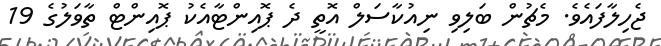
ޖެހިލާފައެވެ. މެޗުން ބަލިވި ނިއުކާސަލް އޮތީ ދެ ޕޮއިންޓާއެކު ޕޮއިންޓް ތާވަލުގެ 19